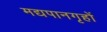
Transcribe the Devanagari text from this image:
मद्यपानगृहों